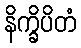
နိက္ခိပိတံ